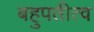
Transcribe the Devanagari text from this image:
बहुपतीत्व